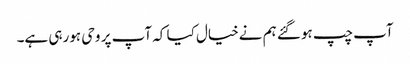
آپ چپ ہوگئے ہم نےخیال کیا کہ آپ پر وحی ہورہی ہے۔